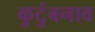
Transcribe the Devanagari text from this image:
कुटुंबनाव